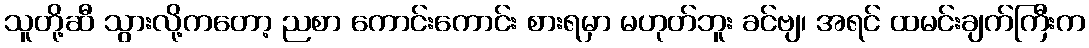
သူတို့ဆီ သွားလို့ကတော့ ညစာ ကောင်းကောင်း စားရမှာ မဟုတ်ဘူး ခင်ဗျ၊ အရင် ထမင်းချက်ကြီးက